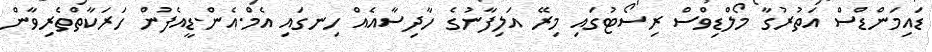
ޑައިމަންޑްސް އަތުރުގާ މޯލްޑިވްސް ރިސޯޓުގައި މިރޭ އަލިފާނުގެ ހާދިސާއެއް ހިނގައި އެމް.އެން.ޑީއެފުުން ހަރަކާތްތެރިވާން